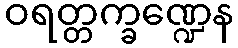
ဝရတ္တက္ခဏ္ဍေန